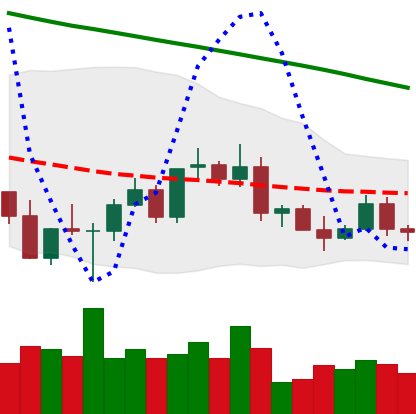
Ticker: ETC-USD
Chart end date: 2022-03-11
Forward return: 3.185%
Label: up_3_5